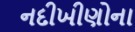
નદીખીણોના